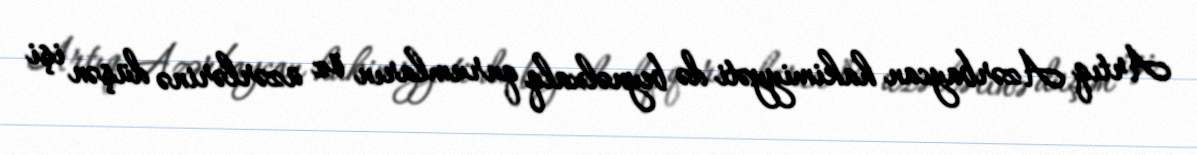
Artıq Azərbaycan hakimiyyəti də beynəlxalq qurumların öz üzərlərinə düşən işi